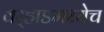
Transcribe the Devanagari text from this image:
वर्‍हाडमध्येच